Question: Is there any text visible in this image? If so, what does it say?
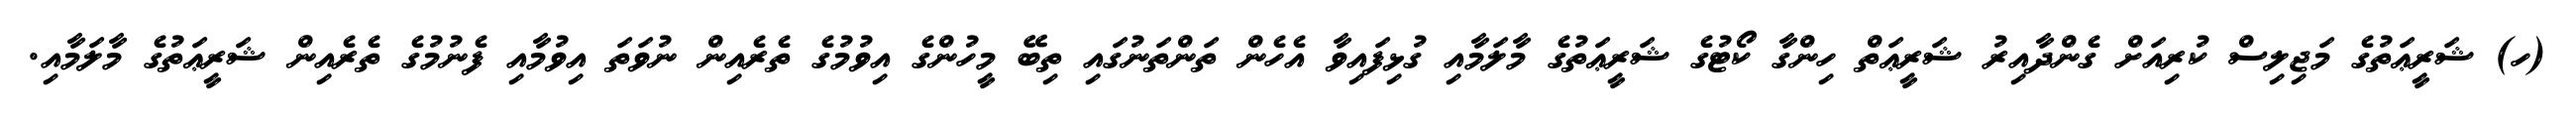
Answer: (ހ) ޝަރީޢަތުގެ މަޖިލިސް ކުރިއަށް ގެންދާއިރު ޝަރީޢަތް ހިންގާ ކޯޓުގެ ޝަރީޢަތުގެ މާލަމާއި ގުޅިފައިވާ އެހެން ތަންތަނުގައި ތިބޭ މީހުންގެ އިވުމުގެ ތެރެއިން ނުވަތަ އިވުމާއި ފެނުމުގެ ތެރެއިން ޝަރީޢަތުގެ މާލަމާއި.